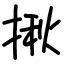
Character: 揪